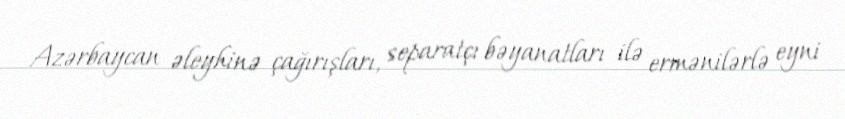
Azərbaycan əleyhinə çağırışları, separatçı bəyanatları ilə ermənilərlə eyni